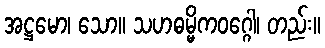
အဋ္ဌမော၊ သော။ သဟဓမ္မိကဝဂ္ဂေါ၊ တည်း။